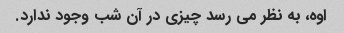
اوه، به نظر می رسد چیزی در آن شب وجود ندارد.